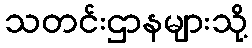
သတင်းဌာနများသို့